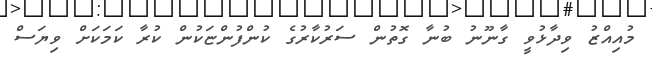
މުއިއްޒު ވިދާޅުވީ ގާނޫނު ބުނާ ގޮތުން ސަރުކާރުގެ ކުންފުންޏަކުން ކުރާ ކަމަކަށް ވިޔަސް